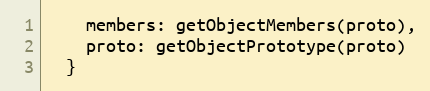
Language: JavaScript
    members: getObjectMembers(proto),
    proto: getObjectPrototype(proto)
  }